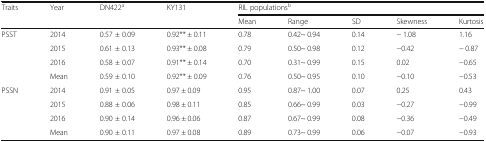
| <ROWSPAN=2> Traits | <ROWSPAN=2> Year | <ROWSPAN=2> DN422a | <ROWSPAN=2> KY131 | <COLSPAN=5> RIL populationsb |
 | Mean | Range | SD | Skewness | Kurtosis |
 | --- | --- | --- | --- | --- | --- | --- | --- | --- |
 | <ROWSPAN=4> PSST | 2014 | 0.57 ± 0.09 | 0.92** ± 0.11 | 0.78 | 0.42~ 0.94 | 0.14 | − 1.08 | 1.16 |
 | 2015 | 0.61 ± 0.13 | 0.93** ± 0.08 | 0.79 | 0.50~ 0.98 | 0.12 | −0.42 | − 0.87 |
 | 2016 | 0.58 ± 0.07 | 0.91** ± 0.14 | 0.70 | 0.31~ 0.99 | 0.15 | 0.02 | −0.65 |
 | Mean | 0.59 ± 0.10 | 0.92** ± 0.09 | 0.76 | 0.50~ 0.95 | 0.10 | −0.10 | −0.53 |
 | <ROWSPAN=4> PSSN | 2014 | 0.91 ± 0.05 | 0.97 ± 0.09 | 0.95 | 0.87~ 1.00 | 0.07 | 0.25 | 0.43 |
 | 2015 | 0.88 ± 0.06 | 0.98 ± 0.11 | 0.85 | 0.66~ 0.99 | 0.03 | −0.27 | −0.99 |
 | 2016 | 0.90 ± 0.14 | 0.96 ± 0.06 | 0.87 | 0.67~ 0.99 | 0.08 | −0.36 | −0.49 |
 | Mean | 0.90 ± 0.11 | 0.97 ± 0.08 | 0.89 | 0.73~ 0.99 | 0.06 | −0.07 | −0.93 |